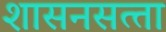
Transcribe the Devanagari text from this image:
शासनसत्‍ता